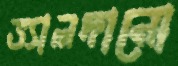
ভ্যালদানো